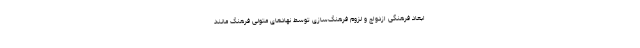
ابعاد فرهنگی ازدواج و لزوم فرهنگ‌سازی توسط نهادهای متولی فرهنگ مانند